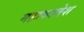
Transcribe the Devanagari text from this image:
महाकालेश